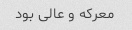
معرکه و عالی بود